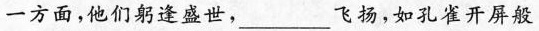
一方面，他们躬逢盛世，___飞扬，如孔雀开屏般